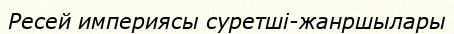
Ресей империясы суретші-жанршылары